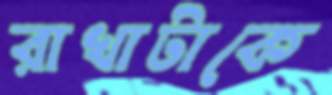
রাখাটাকে